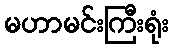
မဟာမင်းကြီးရုံး